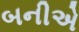
બનીએ